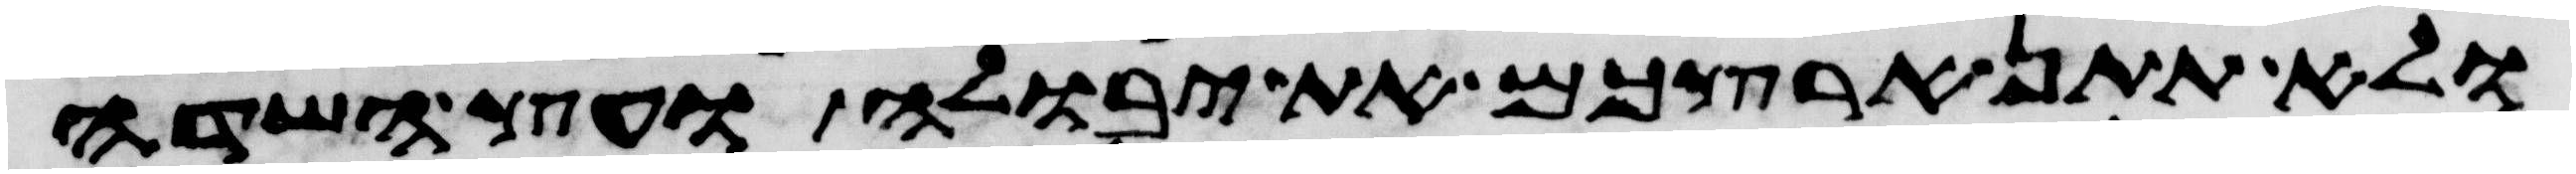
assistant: ולא תתן ארצכם את יבולה ועץ השדה